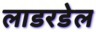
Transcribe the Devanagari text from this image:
लाडरडेल